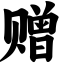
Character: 赠